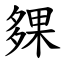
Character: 㚌